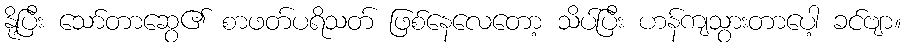
နို့ပြီး သော်တာဆွေ၏ စာဖတ်ပရိသတ် ဖြစ်နေလေတော့ သိပ်ပြီး ဟန်ကျသွားတာပေါ့ ခင်ဗျာ။